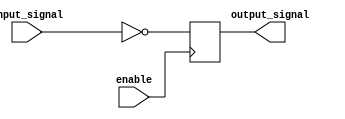
module CMOS_buffer(
    input wire enable,
    input wire input_signal,
    output reg output_signal
);

reg inverted_signal;

assign inverted_signal = ~input_signal;

always @ (posedge enable)
begin
    if(enable)
        output_signal <= inverted_signal;
    else
        output_signal <= 1'b0;
end

endmodule